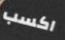
اكسب